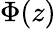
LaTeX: \Phi(z)